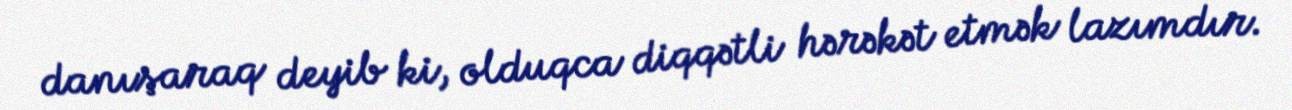
danışaraq deyib ki, olduqca diqqətli hərəkət etmək lazımdır.